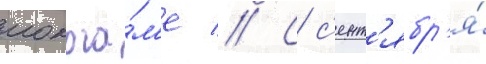
иокога́м'е // С с'ент'ябр'я́